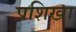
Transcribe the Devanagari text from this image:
प्रशिखा